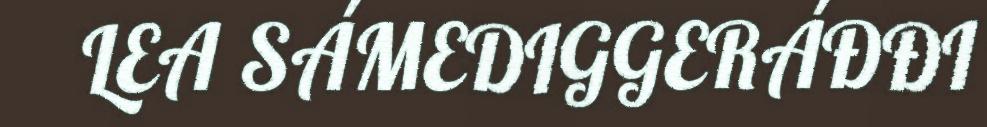
LEA SÁMEDIGGERÁĐĐI